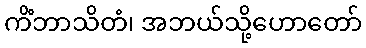
ကိံဘာသိတံ၊ အဘယ်သို့ဟောတော်